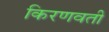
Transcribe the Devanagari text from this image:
किरणवती